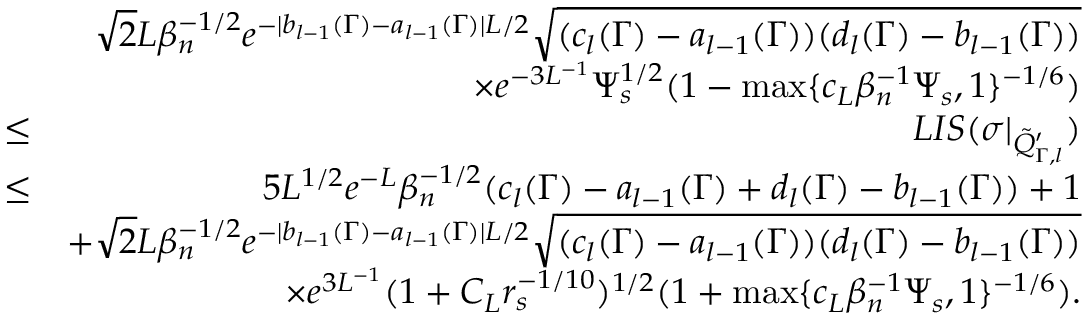
\begin{array} { r l r } & { } & { \sqrt { 2 } L \beta _ { n } ^ { - 1 \slash 2 } e ^ { - | b _ { l - 1 } ( \Gamma ) - a _ { l - 1 } ( \Gamma ) | L \slash 2 } \sqrt { ( c _ { l } ( \Gamma ) - a _ { l - 1 } ( \Gamma ) ) ( d _ { l } ( \Gamma ) - b _ { l - 1 } ( \Gamma ) ) } } \\ & { } & { \times e ^ { - 3 L ^ { - 1 } } \Psi _ { s } ^ { 1 \slash 2 } ( 1 - \operatorname* { m a x } \{ c _ { L } \beta _ { n } ^ { - 1 } \Psi _ { s } , 1 \} ^ { - 1 \slash 6 } ) } \\ & { \leq } & { L I S ( \sigma | _ { \tilde { Q } _ { \Gamma , l } ^ { \prime } } ) } \\ & { \leq } & { 5 L ^ { 1 \slash 2 } e ^ { - L } \beta _ { n } ^ { - 1 \slash 2 } ( c _ { l } ( \Gamma ) - a _ { l - 1 } ( \Gamma ) + d _ { l } ( \Gamma ) - b _ { l - 1 } ( \Gamma ) ) + 1 } \\ & { } & { + \sqrt { 2 } L \beta _ { n } ^ { - 1 \slash 2 } e ^ { - | b _ { l - 1 } ( \Gamma ) - a _ { l - 1 } ( \Gamma ) | L \slash 2 } \sqrt { ( c _ { l } ( \Gamma ) - a _ { l - 1 } ( \Gamma ) ) ( d _ { l } ( \Gamma ) - b _ { l - 1 } ( \Gamma ) ) } } \\ & { } & { \quad \times e ^ { 3 L ^ { - 1 } } ( 1 + C _ { L } r _ { s } ^ { - 1 \slash 1 0 } ) ^ { 1 \slash 2 } ( 1 + \operatorname* { m a x } \{ c _ { L } \beta _ { n } ^ { - 1 } \Psi _ { s } , 1 \} ^ { - 1 \slash 6 } ) . } \end{array}